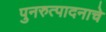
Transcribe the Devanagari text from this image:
पुनरुत्पादनाचे